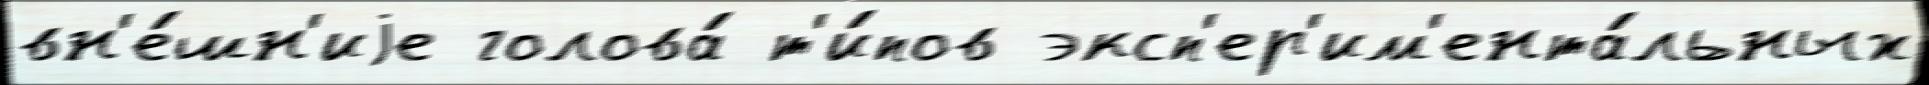
вн'е́шн'иjе голова́ т'и́пов эксп'ер'им'ента́льных